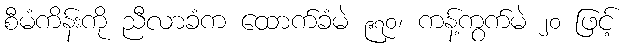
စီမံကိန်းကို ညီလာခံက ထောက်ခံမဲ ၉၇၀၊ ကန့်ကွက်မဲ ၂၀ ဖြင့်